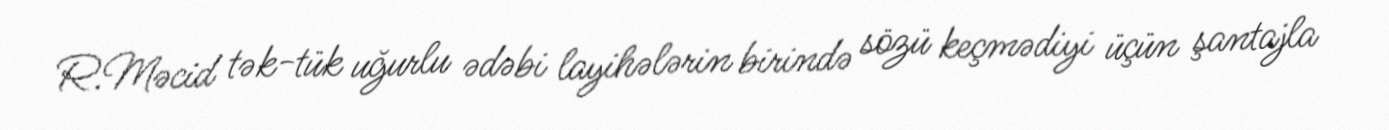
R.Məcid tək-tük uğurlu ədəbi layihələrin birində sözü keçmədiyi üçün şantajla